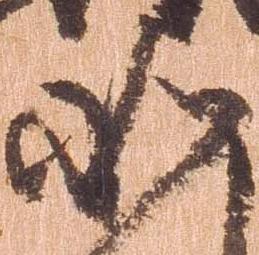
如